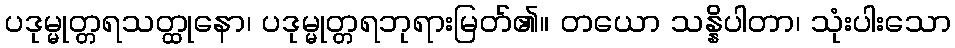
ပဒုမ္မုတ္တရသတ္ထုနော၊ ပဒုမ္မုတ္တရဘုရားမြတ်၏။ တယော သန္နိပါတာ၊ သုံးပါးသော